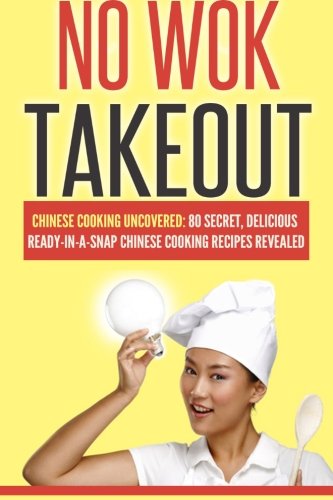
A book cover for No Wok Takeout: No Wok Takeout; 80 Chinese Cooking Uncovered; 80 Secret, Delicious Ready-In-A-Snap Chinese Cooking Recipes Revealed (Cookbooks Of The Week) (Volume 1); Victoria Love; Cookbooks, Food & Wine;